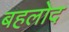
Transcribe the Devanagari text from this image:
बहलोद